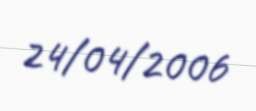
24/04/2006